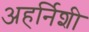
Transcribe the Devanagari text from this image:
अहर्निशी